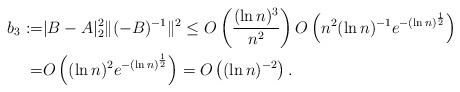
LaTeX: \begin{align*}b_3:=&|B-A|_2^2\|(-B)^{-1}\|^2 \leq O\left(\frac{(\ln n)^{3}}{n^2}\right)O\left(n^2(\ln n)^{-1}e^{-(\ln n)^{\frac{1}{2}}}\right)\\ =& O\left({(\ln n)^{2}}e^{-(\ln n)^{\frac{1}{2}}}\right)=O\left({(\ln n)^{-2}}\right).\end{align*}